Vaccination in Bombay 1902-1912 - 1902-1912
Year: 1902
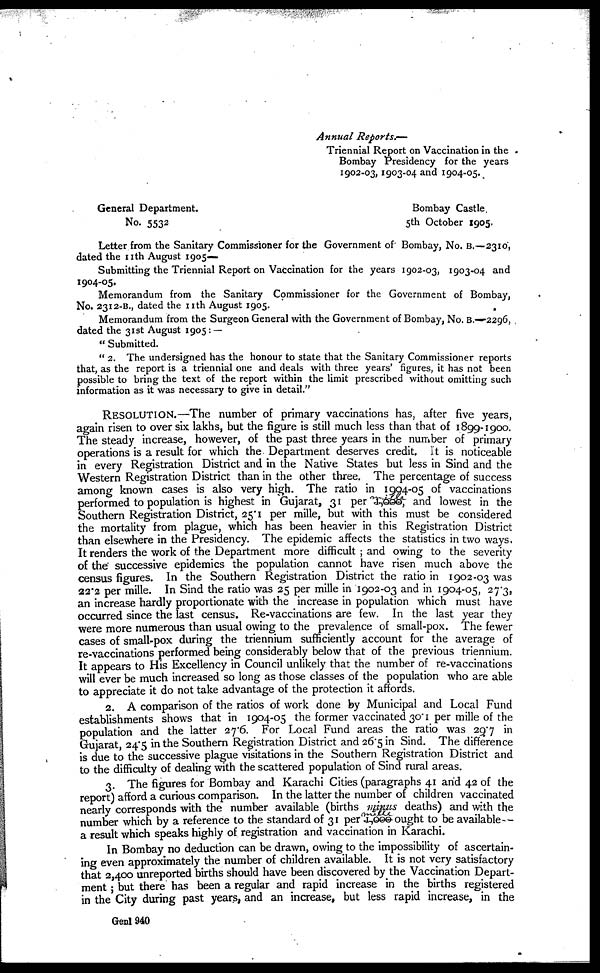
Annual Reports.—
Triennial Report on Vaccination in the
Bombay Presidency for the years
1902-03, 1903-04 and 1904-05.
General Department.
Bombay Castle
No. 5532
5th October 1905.
Letter from the Sanitary Commissioner for the Government of Bombay, No. B.—2310,
dated the 11th August 1905—
Submitting the Triennial Report on Vaccination for the years 1902-03, 1903-04 and
1904-05.
Memorandum from the Sanitary Commissioner for the Government of Bombay,
No. 2312-B., dated the 11th August 1905.
Memorandum from the Surgeon General with the Government of Bombay, No. B.—2296,
dated the 31st August 1905: —
" Submitted.
" 2. The undersigned has the honour to state that the Sanitary Commissioner reports
that, as the report is a triennial one and deals with three years' figures, it has not been
possible to bring the text of the report within the limit prescribed without omitting such
information as it was necessary to give in detail."
RESOLUTION.—The number of primary vaccinations has, after five years,
again risen to over six lakhs, but the figure is still much less than that of 1899-1900.
The steady increase, however, of the past three years in the number of primary
operations is a result for which the Department deserves credit. It is noticeable
in every Registration District and in the Native States but less in Sind and the
Western Registration District than in the other three. The percentage of success
among known cases is also very high. The ratio in 1994-05 of vaccinations
performed to population is highest in Gujarat, 31 per 1,000, and lowest in the
Southern Registration District, 25.1 per mille, but with this must be considered
the mortality from plague, which has been heavier in this Registration District
than elsewhere in the Presidency. The epidemic affects the statistics in two ways.
It renders the work of the Department more difficult ; and owing to the severity
of the successive epidemics the population cannot have risen much above the
census figures. In the Southern Registration District the ratio in 1902-03 was
22.2 per mille. In Sind the ratio was 25 per mille in 1902-03 and in 1904-05, 27.3,
an increase hardly proportionate with the increase in population which must have
occurred since the last census. Re-vaccinations are few. In the last year they
were more numerous than usual owing to the prevalence of small-pox. The fewer
cases of small-pox during the triennium sufficiently account for the average of
re-vaccinations performed being considerably below that of the previous triennium.
It appears to His Excellency in Council unlikely that the number of re-vaccinations
will ever be much increased so long as those classes of the population who are able
to appreciate it do not take advantage of the protection it affords.
2. A comparison of the ratios of work done by Municipal and Local Fund
establishments shows that in 1904-05 the former vaccinated 30.1 per mille of the
population and the latter 27.6. For Local Fund areas the ratio was 29.7 in
Gujarat, 24.5 in the Southern Registration District and 26.5 in Sind. The difference
is due to the successive plague visitations in the Southern Registration District and
to the difficulty of dealing with the scattered population of Sind rural areas.
3. The figures for Bombay and Karachi Cities (paragraphs 41 and 42 of the
report) afford a curious comparison. In the latter the number of children vaccinated
nearly corresponds with the number available (births minus deaths) and with the
number which by a reference to the standard of 31 per mille ought to be available—
a result which speaks highly of registration and vaccination in Karachi.
In Bombay no deduction can be drawn, owing to the impossibility of ascertain-
ing even approximately the number of children available. It is not very satisfactory
that 2,400 unreported births should have been discovered by the Vaccination Depart-
ment; but there has been a regular and rapid increase in the births registered
in the City during past years, and an increase, but less rapid increase, in the
Genl 940